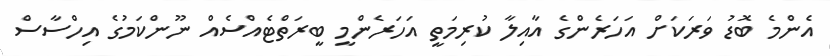
އެންމެ ބޮޑު ވަރަކަށް އަހަރެންގެ އާއިލާ ކުރިމަތީ އަހަރެންމީ ބީރަތްޓެއްސެއް ނޫންކަމުގެ އިހްސާސް